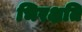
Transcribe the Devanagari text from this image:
भिरक्षति